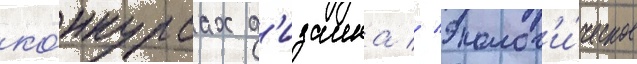
ко́нкурсах д'изаина // Эколог'и́ческое